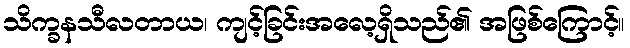
သိက္ခနသီလတာယ၊ ကျင့်ခြင်းအလေ့ရှိသည်၏ အဖြစ်ကြောင့်။